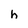
Character: h